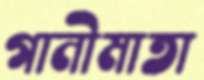
গানীমাতা